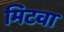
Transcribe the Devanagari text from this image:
मिटवा